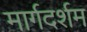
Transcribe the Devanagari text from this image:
मार्गदर्शम